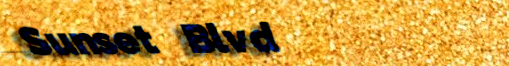
Sunset Blvd